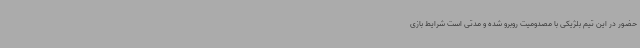
حضور در این تیم بلژیکی با مصدومیت روبرو شده و مدتی است شرایط بازی